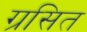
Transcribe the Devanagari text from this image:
ग्रसित